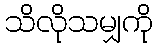
သိလိုသမျှကို